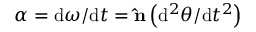
{ \boldsymbol { \alpha } } = \mathrm { d } { \boldsymbol { \omega } } / \mathrm { d } t = \mathbf { \hat { n } } \left( \mathrm { d } ^ { 2 } \theta / \mathrm { d } t ^ { 2 } \right)